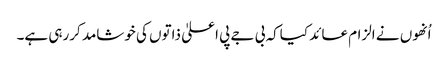
اُنھوں نے الزام عائد کیاکہ بی جے پی اعلیٰ ذاتوں کی خوشامد کررہی ہے۔